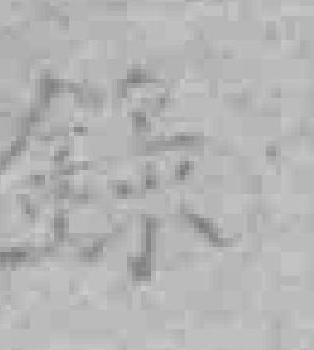
錄